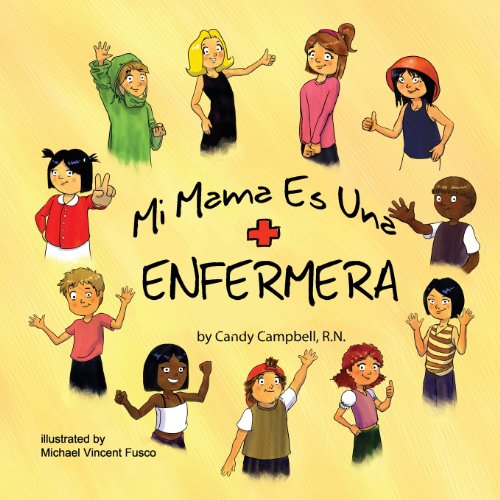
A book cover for Mi Mama Es Una Enfermera (Spanish Edition); Candy Campbell; Parenting & Relationships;